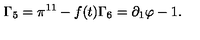
\Gamma _ { 5 } = \pi ^ { 1 1 } - f ( t ) \Gamma _ { 6 } = \partial _ { 1 } \varphi - 1 .